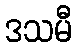
ဒသမီ